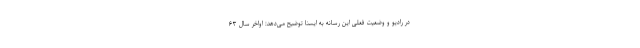
در رادیو و وضعیت فعلی این رسانه به ایسنا توضیح می‌دهد: اواخر سال ۶۳